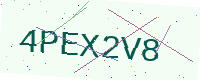
Text: 4PEX2V8